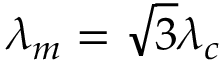
\lambda _ { m } = \sqrt { 3 } \lambda _ { c }